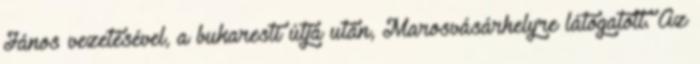
János vezetésével, a bukaresti útja után, Marosvásárhelyre látogatott. Az